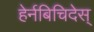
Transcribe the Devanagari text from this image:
हेर्नबिचिदेस्